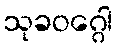
သုခဝဂ္ဂေါ